Report on horse surra - Volume II, Part I
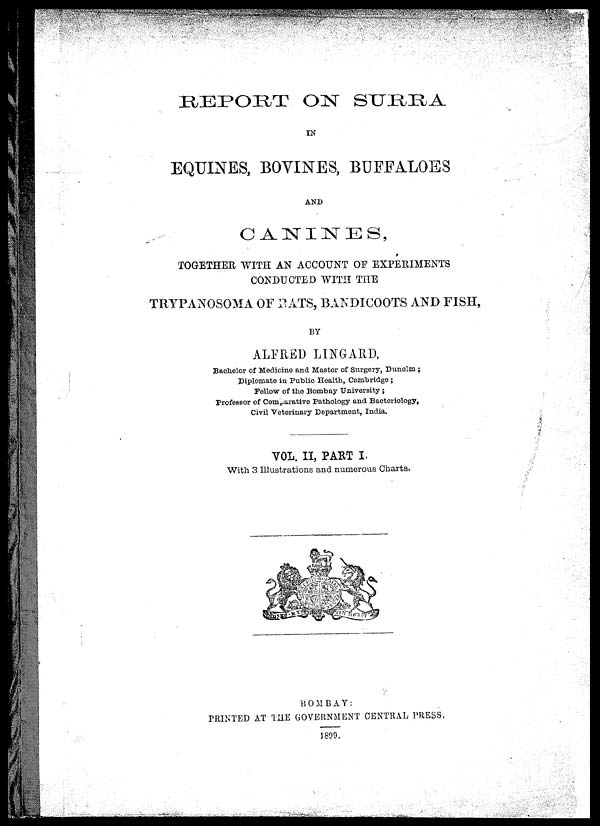
REPORT ON SURRA
IN
EQUINES, BOVINES, BUFFALOES
AND
CANINES,
TOGETHER WITH AN ACCOUNT OF EXPERIMENTS
CONDUCTED WITH THE
TRYPANOSOMA OF RATS, BANDICOOTS AND FISH,
BY
ALFRED LINGARD,
Bachelor of Medicine and Master of Surgery, Dunelm ;
Diplomate in Public Health, Cambridge ;
Fellow of the Bombay University ;
Professor of Comparative Pathology and Bacteriology,
Civil Veterinary Department, India.
VOL. II, PART I.
With 3 Illustrations and numerous Charts.
BOMBAY :
PRINTED AT THE GOVERNMENT CENTRAL PRESS.
1899.